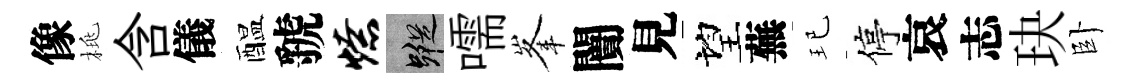
像桃含儀醖虢燎蹤嚅峯闠見望蕪玘停哀志玦卧